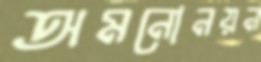
অমনোনয়ন